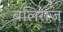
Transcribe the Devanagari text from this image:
बलिराज